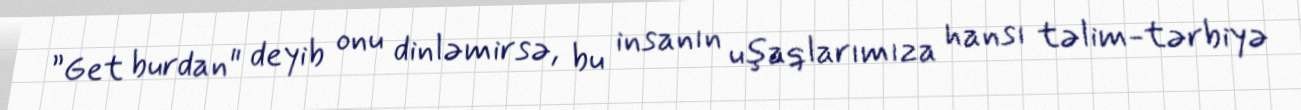
”Get burdan" deyib onu dinləmirsə, bu insanın uşaqlarımıza hansı təlim-tərbiyə